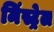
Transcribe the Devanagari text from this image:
मिंस्ट्रेल